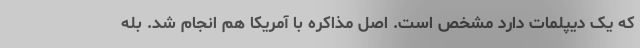
که یک دیپلمات دارد مشخص است. اصل مذاکره با آمریکا هم انجام شد. بله